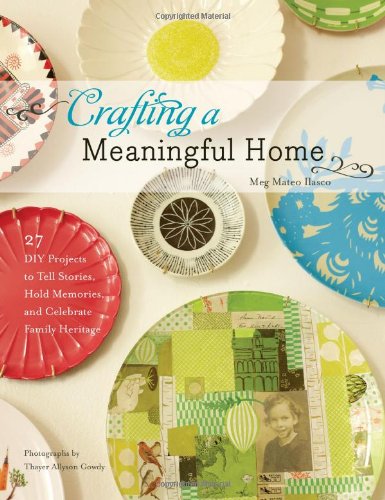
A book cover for Crafting a Meaningful Home: 27 DIY Projects to Tell Stories, Hold Memories, and Celebrate Family Heritage; Meg Mateo IIasco; Crafts, Hobbies & Home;